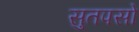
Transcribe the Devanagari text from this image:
सुतपसो